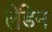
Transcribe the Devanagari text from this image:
लेंडेन